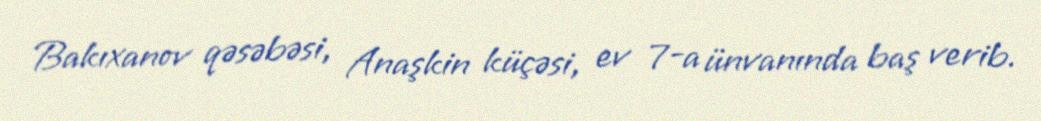
Bakıxanov qəsəbəsi, Anaşkin küçəsi, ev 7-a ünvanında baş verib.